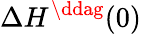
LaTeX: \Delta H^{\ddag}(0)